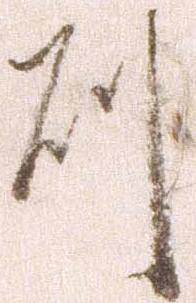
則